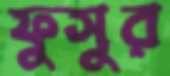
ফুসুর